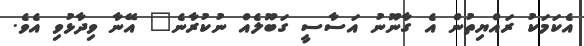
އެކަމަކު ރައްޔިތުން އެ ގާނޫނު އަސާސީ ގަބޫލެއް ނުކުރާނެ" އޭނާ ވިދާޅުވި އެވެ.